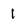
Character: 1